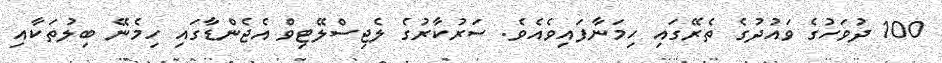
100 ދުވަހުގެ ވައުދުގެ ތެރޭގައި ހިމަނާފައިވެއެވެ. ސަރުކާރުގެ ލެޖިސްލޭޓިވް އެޖެންޑާގައި ހިމެނޭ ބިލުތަކާއި